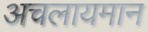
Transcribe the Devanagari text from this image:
अचलायमान